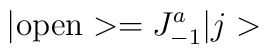
\vert {\rm open} > =  J^a_{-1} \vert j>